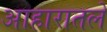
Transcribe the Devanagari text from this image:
आहारातले